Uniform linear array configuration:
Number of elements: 48
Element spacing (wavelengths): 0.5
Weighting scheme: kaiser
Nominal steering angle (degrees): -60
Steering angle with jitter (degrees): -60.54
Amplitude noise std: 0.05
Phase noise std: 0.05

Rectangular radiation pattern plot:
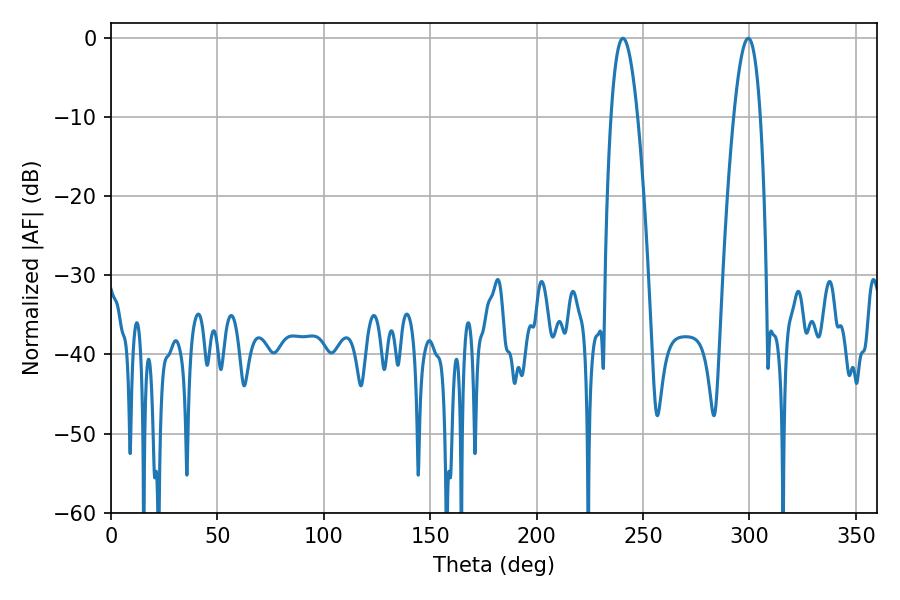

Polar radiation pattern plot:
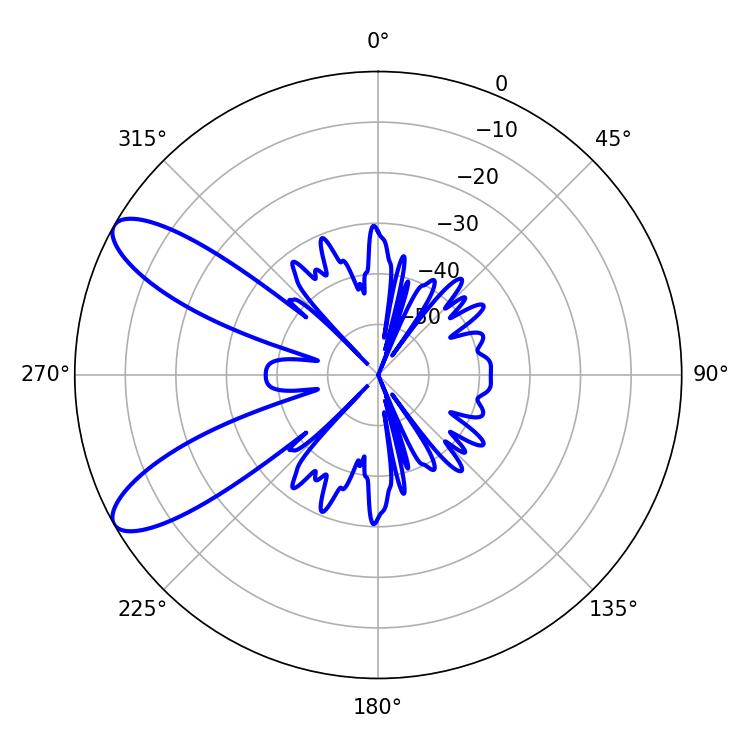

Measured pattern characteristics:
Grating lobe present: FALSE
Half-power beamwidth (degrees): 6.84
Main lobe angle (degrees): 299.52